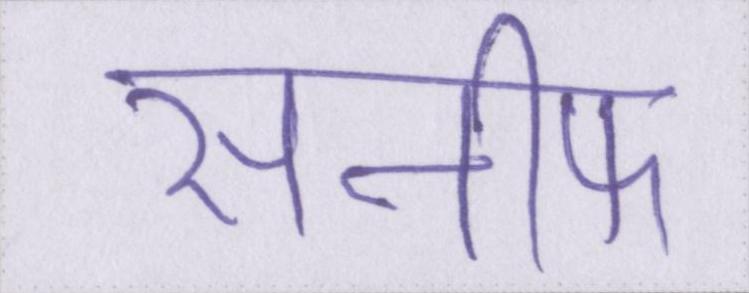
सनीफ